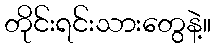
တိုင်းရင်းသားတွေနဲ့။